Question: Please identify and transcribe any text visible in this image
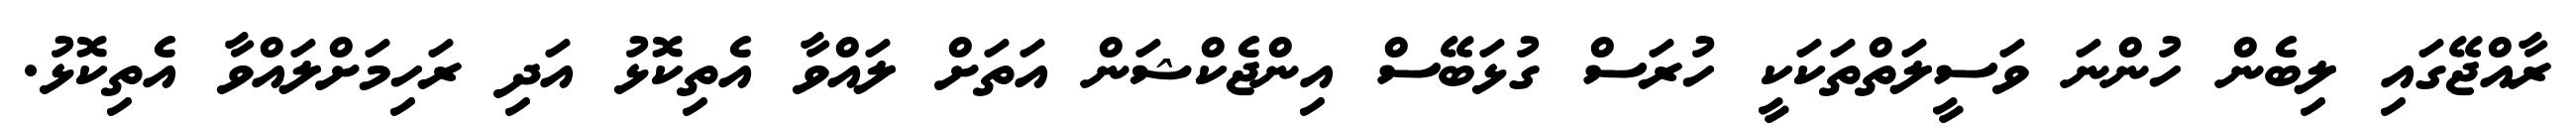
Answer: ރާއްޖޭގައި ލިބެން ހުންނަ ވަސީލަތްތަކަކީ ހުރަސް ގުޅަބޭސް އިންޖެކްޝަން އަތަށް ލައްވާ އެތިކޮޅު އަދި ރަހިމަށްލައްވާ އެތިކޮޅު.